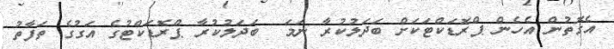
އެގޮތުން އެހެން ޕްރޮޑަކްޓަކަށް ބަދަލުކުރާ ނަމަ  ބަދަލުކުރާ ޕްރޮޑަކްޓުގެ އަގުގެ ތަފާތު